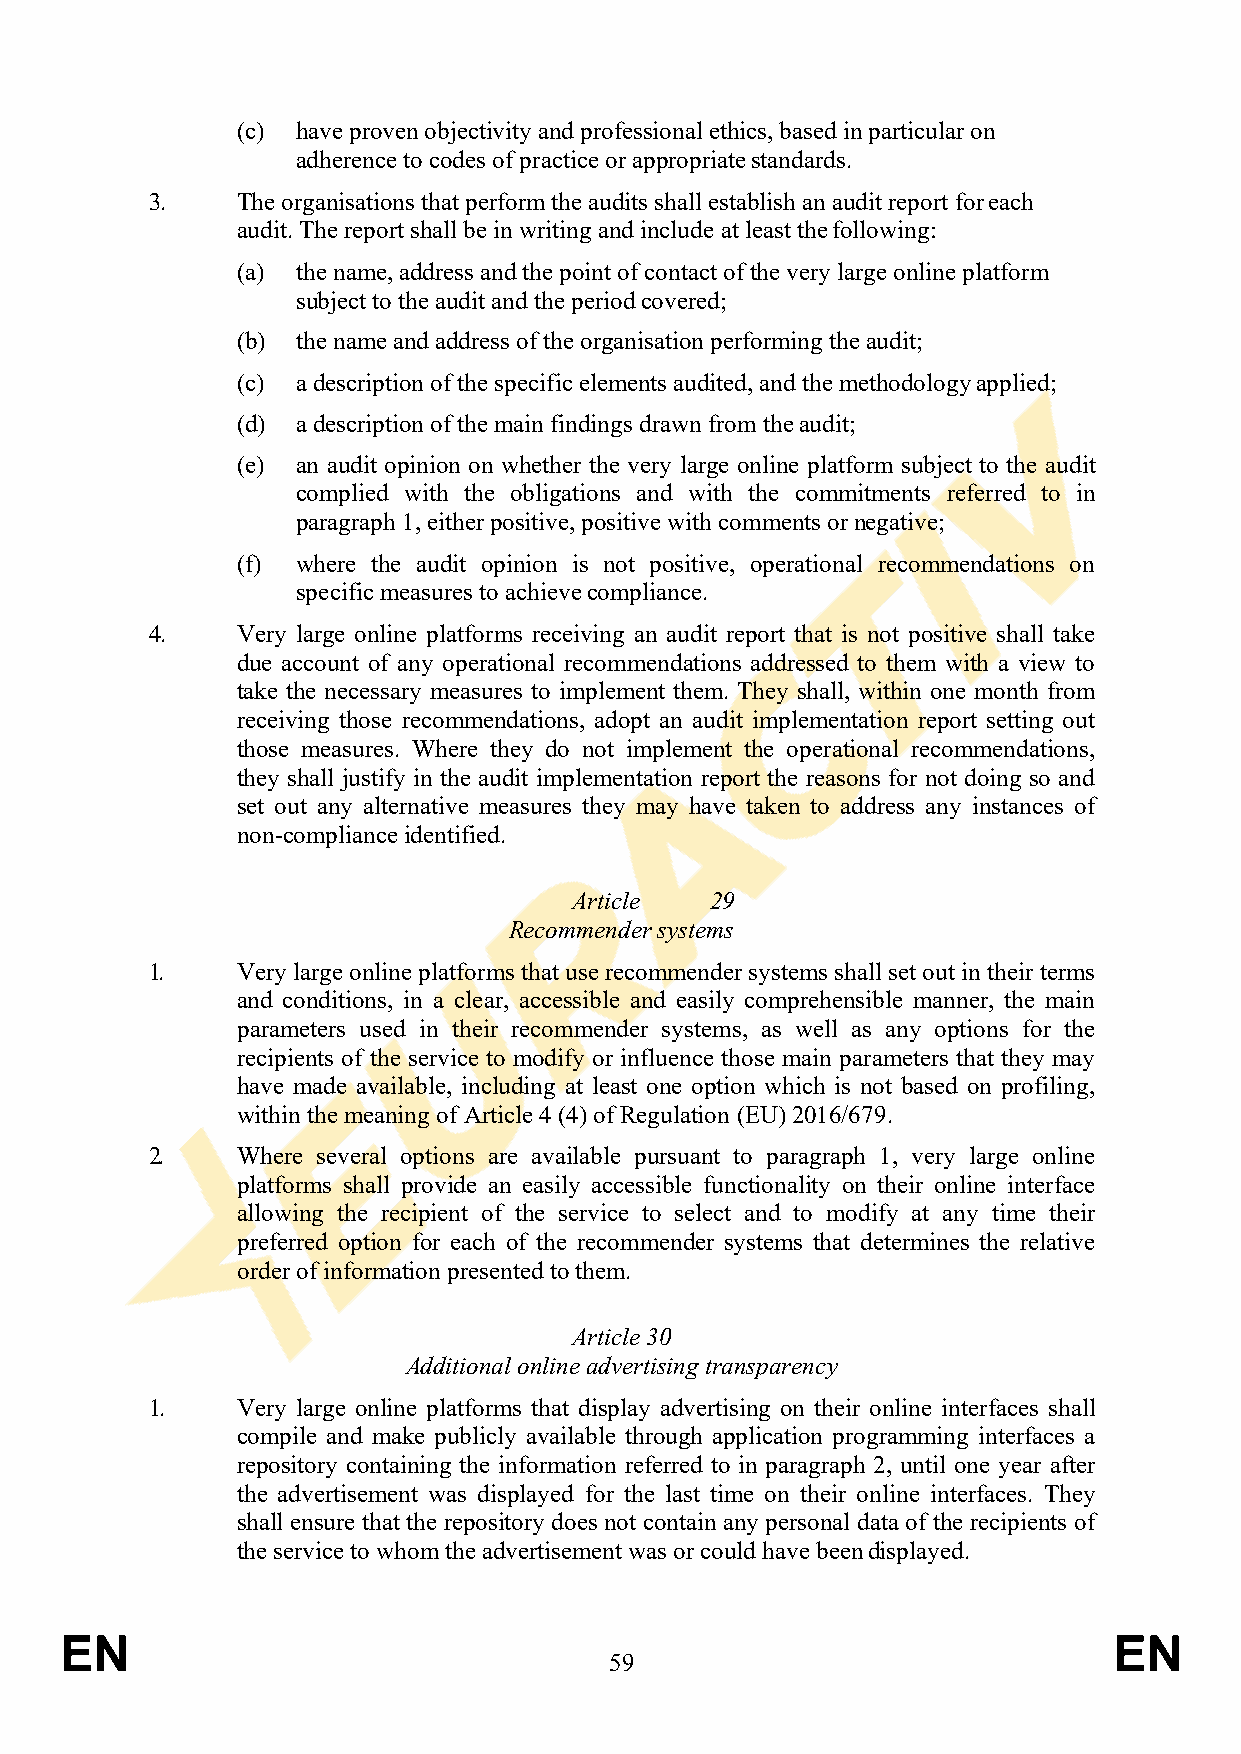
(c) have proven objectivity and professional ethics, based in particular on
 adherence to codes of practice or appropriate standards.
 3.    The organisations that perform the audits shall establish an audit report for each
 audit. The report shall be in writing and include at least the following:
 (a) the name, address and the point of contact of the very large online platform
 subject to the audit and the period covered;
 (b) the name and address of the organisation performing the audit;
 (c) a description of the specific elements audited, and the methodology applied;
 (d) a description of the main findings drawn from the audit;
 (e) an audit opinion on whether the very large online platform subject to the audit
 complied with the obligations and with the commitments referred to in
 paragraph 1, either positive, positive with comments or negative;
 (f) where the audit opinion is not positive, operational recommendations on
 specific measures to achieve compliance.
 4.    Very large online platforms receiving an audit report that is not positive shall take
 due account of any operational recommendations addressed to them with a view to
 take the necessary measures to implement them. They shall, within one month from
 receiving those recommendations, adopt an audit implementation report setting out
 those measures. Where they do not implement the operational recommendations,
 they shall justify in the audit implementation report the reasons for not doing so and
 set out any alternative measures they may have taken to address any instances of
 non-compliance identified.
 Article  29
 Recommender systems
 1.    Very large online platforms that use recommender systems shall set out in their terms
 and conditions, in a clear, accessible and easily comprehensible manner, the main
 parameters used in their recommender systems, as well as any options for the
 recipients of the service to modify or influence those main parameters that they may
 have made available, including at least one option which is not based on profiling,
 within the meaning of Article 4 (4) of Regulation (EU) 2016/679.
 2.    Where several options are available pursuant to paragraph 1, very large online
 platforms shall provide an easily accessible functionality on their online interface
 allowing the recipient of the service to select and to modify at any time their
 preferred option for each of the recommender systems that determines the relative
 order of information presented to them.
 Article 30
 Additional online advertising transparency
 1.    Very large online platforms that display advertising on their online interfaces shall
 compile and make publicly available through application programming interfaces a
 repository containing the information referred to in paragraph 2, until one year after
 the advertisement was displayed for the last time on their online interfaces. They
 shall ensure that the repository does not contain any personal data of the recipients of
 the service to whom the advertisement was or could have been displayed.
 EN                                                                    EN
 59